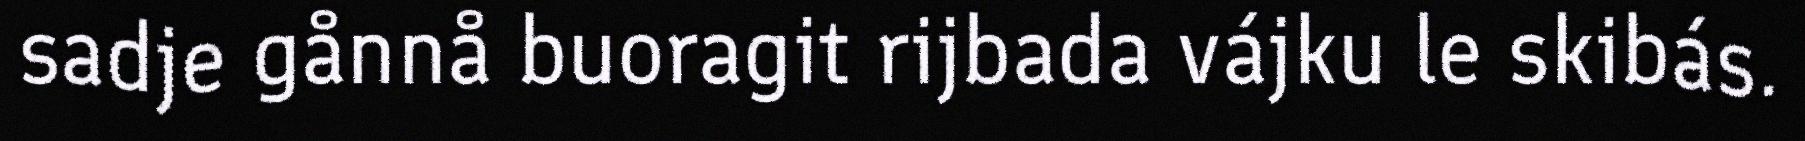
sadje gånnå buoragit rijbada vájku le skibás.